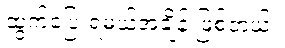
ထွက်ပြေးရမယ့်အချိန် ဖြစ်တယ်။